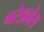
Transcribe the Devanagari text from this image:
बरेइल्लेस